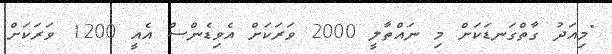
"މިއަދު ގާތްގަނޑަކަށް މި ނައްތާލީ 2000 ވަރަކަށް އެވިޑެންސް އެއީ 1200 ވަރަކަށް